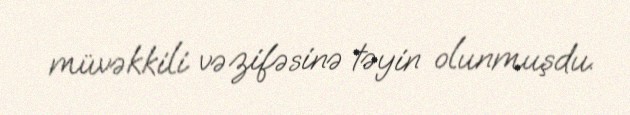
müvəkkili vəzifəsinə təyin olunmuşdu.